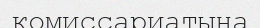
комиссариатына